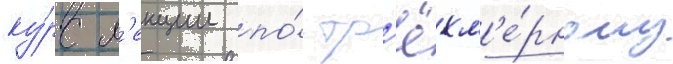
ку́рс л'екции по́ тр'ёхм'е́рному